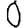
Digit: 0